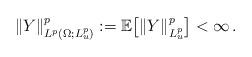
LaTeX: \begin{align*} \| Y\|^p_{L^p(\Omega; L^p_u)}:=\mathbb{E} \big [\| Y\|^p_{L^p_u} \big] <\infty\, .\end{align*}